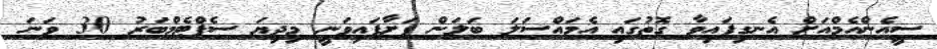
ސީއެންއެމްއަށް އެނގިފައިވާ ގޮތުގައި އެމައްސަލަ ބަލަން ފަށާފައިވަނީ މިދިޔަ ސެޕްޓެމްބަރު 30 ވަނަ